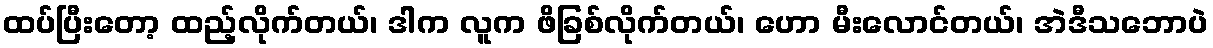
ထပ်ပြီးတော့ ထည့်လိုက်တယ်၊ ဒါက လူက ဖိခြစ်လိုက်တယ်၊ ဟော မီးလောင်တယ်၊ အဲဒီသဘောပဲ